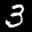
Label: 3